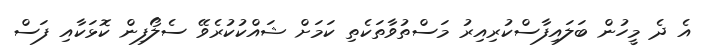
އެ ދެ މީހުން ބަލައިފާސްކުރިއިރު މަސްތުވާތަކެތި ކަމަށް ޝައްކުކުރެވޭ ސެލޯފިން ކޮޅަކާއި ފަސް